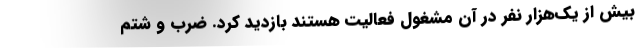
بیش از یک‌هزار نفر در آن مشغول فعالیت هستند بازدید کرد. ضرب و شتم